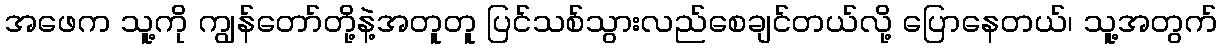
အဖေက သူ့ကို ကျွန်တော်တို့နဲ့အတူတူ ပြင်သစ်သွားလည်စေချင်တယ်လို့ ပြောနေတယ်၊ သူ့အတွက်